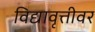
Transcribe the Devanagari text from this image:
विद्यावृत्तीवर